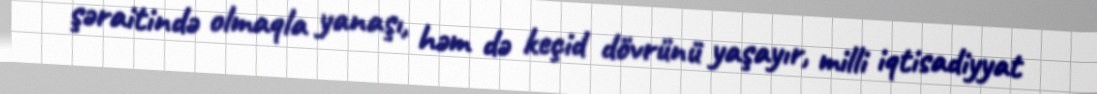
şəraitində olmaqla yanaşı, həm də keçid dövrünü yaşayır, milli iqtisadiyyat